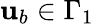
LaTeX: {\mathbf{u}}_{b}\in\Gamma_{1}